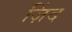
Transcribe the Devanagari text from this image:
ज़िंद